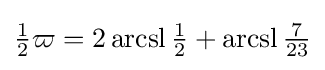
{\tfrac {1}{2}}\varpi =2\operatorname {arcsl} {\tfrac {1}{2}}+\operatorname {arcsl} {\tfrac {7}{23}}